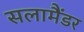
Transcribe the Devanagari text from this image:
सलामैंडर